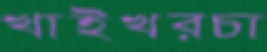
খাইখরচা